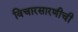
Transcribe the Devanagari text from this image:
विचारसारणीची